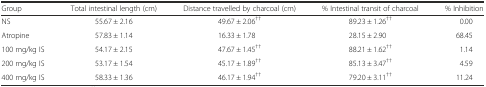
<table><thead><tr><td><b>Group</b></td><td><b>Total intestinal length (cm)</b></td><td><b>Distance travelled by charcoal (cm)</b></td><td><b>% Intestinal transit of charcoal</b></td><td><b>% Inhibition</b></td></tr></thead><tbody><tr><td>NS</td><td>55.67 ± 2.16</td><td>49.67 ± 2.06<sup>††</sup></td><td>89.23 ± 1.26<sup>††</sup></td><td>0.00</td></tr><tr><td>Atropine</td><td>57.83 ± 1.14</td><td>16.33 ± 1.78</td><td>28.15 ± 2.90</td><td>68.45</td></tr><tr><td>100 mg/kg IS</td><td>54.17 ± 2.15</td><td>47.67 ± 1.45<sup>††</sup></td><td>88.21 ± 1.62<sup>††</sup></td><td>1.14</td></tr><tr><td>200 mg/kg IS</td><td>53.17 ± 1.54</td><td>45.17 ± 1.89<sup>††</sup></td><td>85.13 ± 3.47<sup>††</sup></td><td>4.59</td></tr><tr><td>400 mg/kg IS</td><td>58.33 ± 1.36</td><td>46.17 ± 1.94<sup>††</sup></td><td>79.20 ± 3.11<sup>††</sup></td><td>11.24</td></tr></tbody></table>